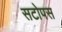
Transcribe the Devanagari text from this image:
सटोपस